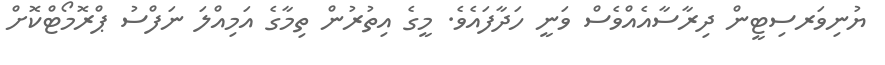
ޔުނިވަރސިޓީން ދިރާސާއެއްވެސް ވަނީ ހަދާފައެވެ. މީގެ އިތުރުން ތިމާގެ އަމިއްލަ ނަފްސު ޕްރޮމޯޓްކޮށް